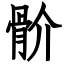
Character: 骱